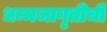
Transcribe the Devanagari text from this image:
धम्मजागृतीची